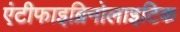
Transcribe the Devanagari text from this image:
एंटीफाइब्रिनोलाइटिक